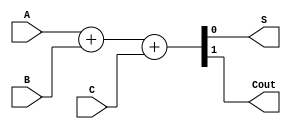
module FullAdder(input A, input B, input C, output S, output Cout);

assign {Cout, S} = A + B + C;

endmodule